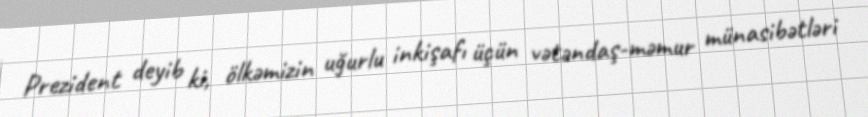
Prezident deyib ki, ölkəmizin uğurlu inkişafı üçün vətəndaş-məmur münasibətləri